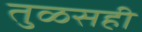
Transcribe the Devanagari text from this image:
तुळसही